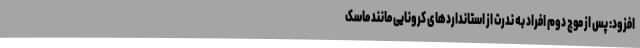
افزود: پس از موج دوم افراد به ندرت از استانداردهای کرونایی مانند ماسک